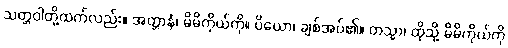
သတ္တဝါတို့ထက်လည်း။ အတ္တာနံ၊ မိမိကိုယ်ကို။ ပိယော၊ ချစ်အပ်၏။ တသ္မာ၊ ထိုသို့ မိမိကိုယ်ကို